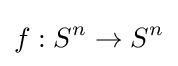
f:S^{n}\to S^{n}